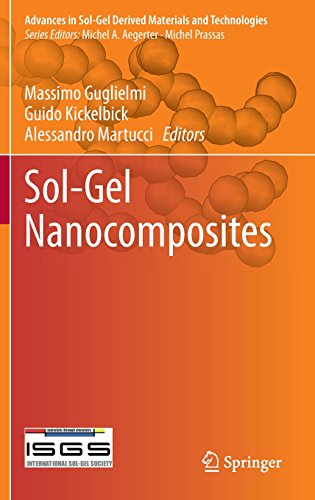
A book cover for Sol-Gel Nanocomposites (Advances in Sol-Gel Derived Materials and Technologies); Science & Math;